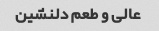
عالی و طعم دلنشین